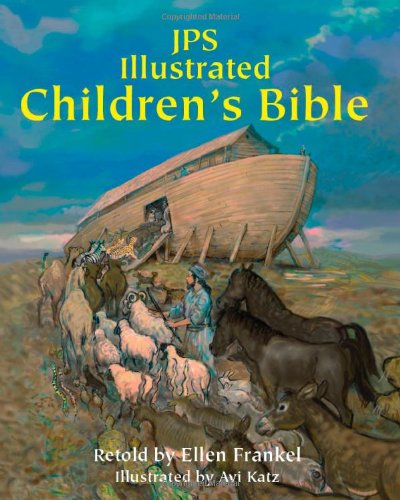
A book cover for JPS Illustrated Children's Bible; Dr. Ellen Frankel PhD; Children's Books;